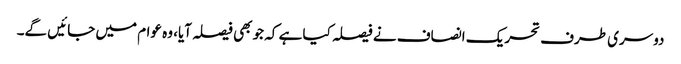
دوسری طرف تحریک انصاف نے فیصلہ کیا ہے کہ جو بھی فیصلہ آیا، وہ عوام میں جائیں گے۔